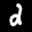
Label: 2